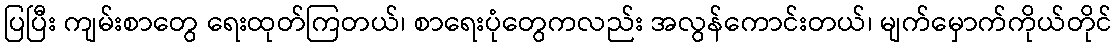
ပြပြီး ကျမ်းစာတွေ ရေးထုတ်ကြတယ်၊ စာရေးပုံတွေကလည်း အလွန်ကောင်းတယ်၊ မျက်မှောက်ကိုယ်တိုင်